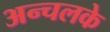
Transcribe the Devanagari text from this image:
अन्चलके